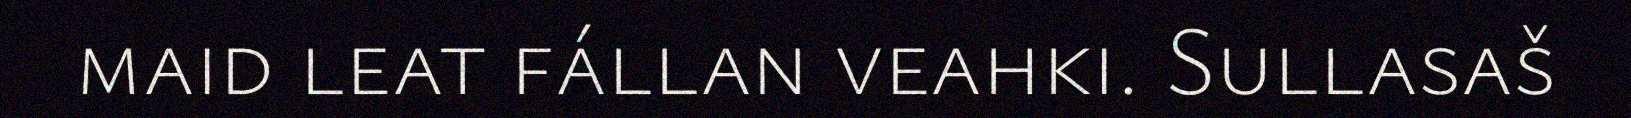
maid leat fállan veahki. Sullasaš